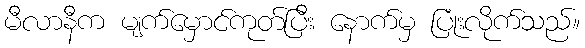
မီလာနီက မျက်မှောင်ကုတ်ပြီး နောက်မှ ပြုံးလိုက်သည်။